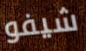
شيفو